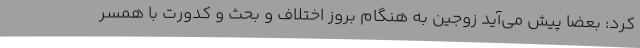
کرد: بعضا پیش می‌آید زوجین به هنگام بروز اختلاف و بحث و کدورت با همسر